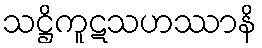
သဋ္ဌိကူဋသဟဿာနိ